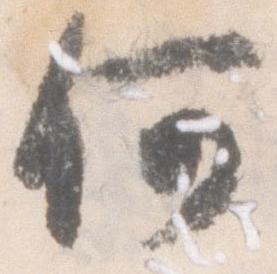
何